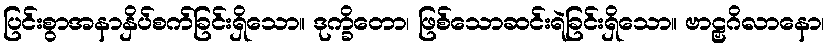
ပြင်းစွာအနာနှိပ်စက်ခြင်းရှိသော။ ဒုက္ခိတော၊ ဖြစ်သောဆင်းရဲခြင်းရှိသော။ ဗာဠှဂိလာနော၊